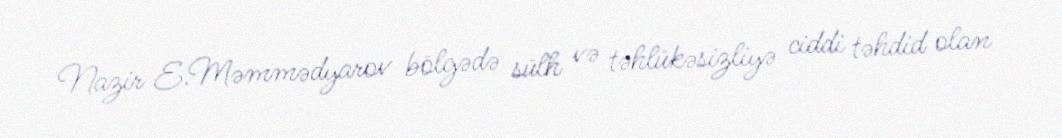
Nazir E.Məmmədyarov bölgədə sülh və təhlükəsizliyə ciddi təhdid olan